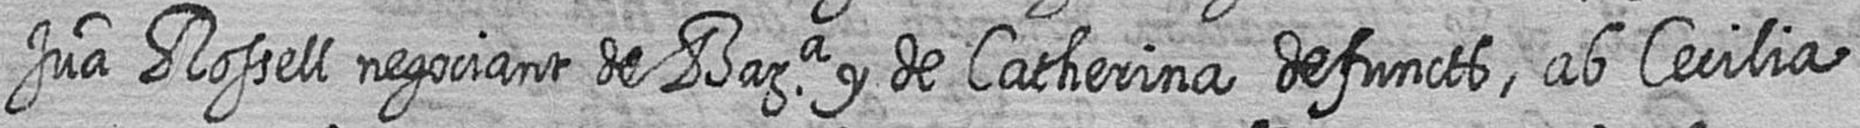
Jua Rossell negociant de Bara y de Catherina defuncts ab Cecilia